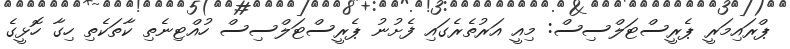
ޕްރައިމަރީ ޕެރީސްޓަލްސިސް: މިއީ އަރުތެރެގައި ފެށުނު ޕެރީސްޓަލްސިސް ހުއްޓިނެތި ކާތަކެތި ހިގާ ހޮޅީގެ